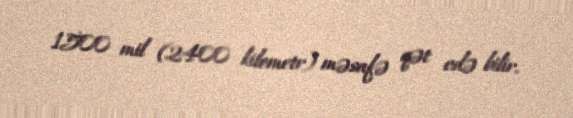
1500 mil (2400 kilometr) məsafə qət edə bilir.